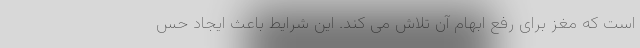
است که مغز برای رفع ابهام آن تلاش می کند. این شرایط باعث ایجاد حس